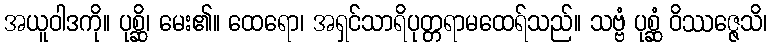
အယူဝါဒကို။ ပုစ္ဆိ၊ မေး၏။ ထေရော၊ အရှင်သာရိပုတ္တရာမထေရ်သည်။ သဗ္ဗံ ပုစ္ဆံ ဝိဿဇ္ဇေသိ၊